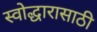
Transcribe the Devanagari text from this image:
स्वोद्धारासाठी